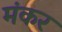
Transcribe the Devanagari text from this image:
मंकर